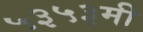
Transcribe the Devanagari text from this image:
५३५३मी